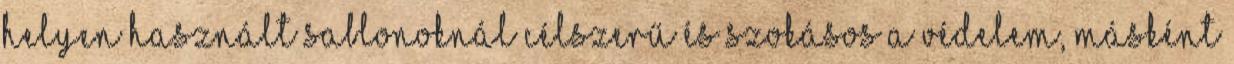
helyen használt sablonoknál célszerű és szokásos a védelem, másként